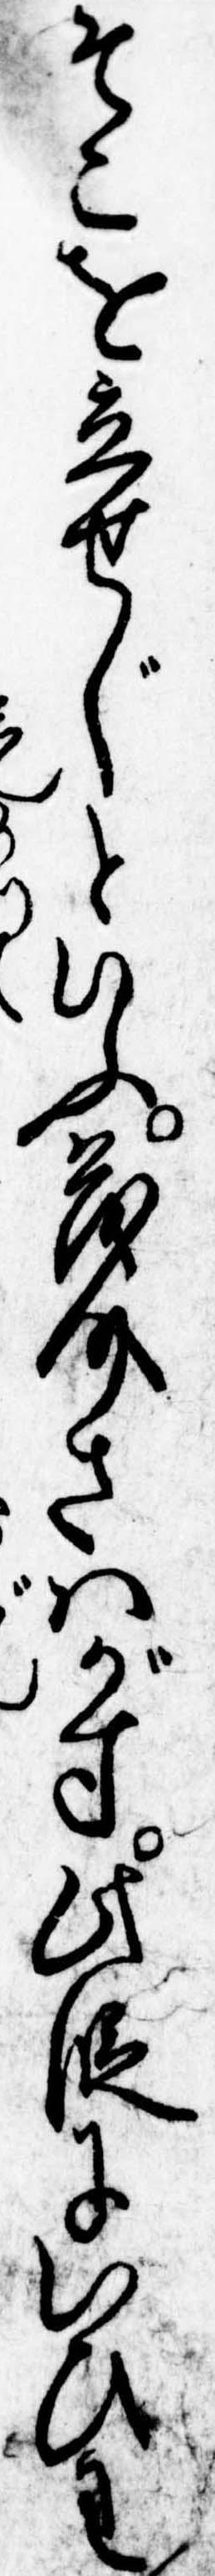
そこを立せじといふ茂介さはがす此段にいひわ